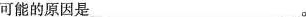
可能的原因是___。